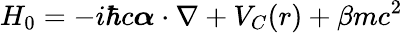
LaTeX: H_{0}=-i\hbar c\boldsymbol\alpha\cdot\nabla+V_{C}(r)+\beta mc^{2}